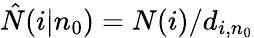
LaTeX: \hat{N}(i|n_{0})=N(i)/d_{i,n_{0}}